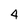
Character: 4